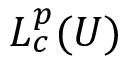
L _ { c } ^ { p } ( U )